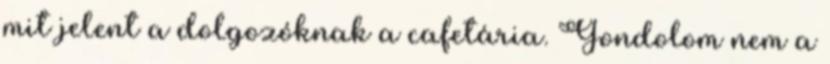
mit jelent a dolgozóknak a cafetária. Gondolom nem a